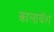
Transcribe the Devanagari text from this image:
कालाबॅश